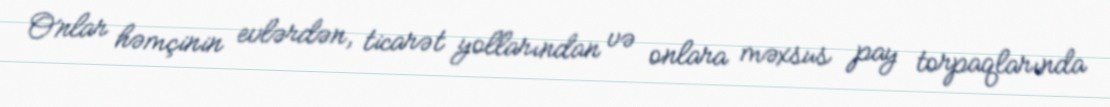
Onlar həmçinin evlərdən, ticarət yollarından və onlara məxsus pay torpaqlarında